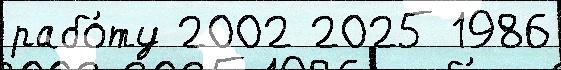
рабо́ту 2002 2025 1986